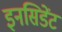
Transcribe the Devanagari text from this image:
इनसिडेंट